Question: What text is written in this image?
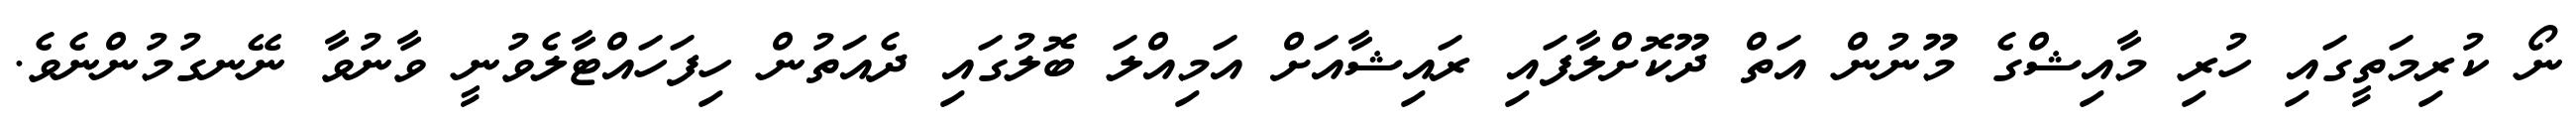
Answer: ނޯ ކުރިމަތީގައި ހުރި މާއިޝްގެ މޫނުން އަތް ދޫކޮށްލާފައި ރައިޝާއަށް އަމިއްލަ ބޮލުގައި ދެއަތުން ހިފަހައްޓާލެވުނީ ވާނުވާ ނޭނގުމުންނެވެ.